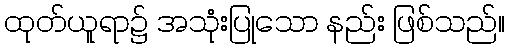
ထုတ်ယူရာ၌ အသုံးပြုသော နည်း ဖြစ်သည်။